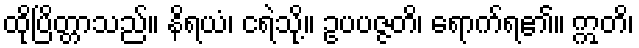
ထိုပြိတ္တာသည်။ နိရယံ၊ ငရဲသို့။ ဥပပဇ္ဇတိ၊ ရောက်ရ၏။ ဣတိ၊